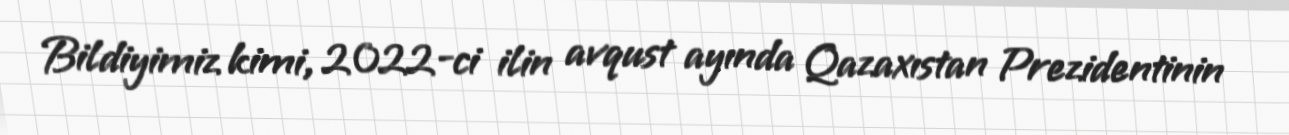
Bildiyimiz kimi, 2022-ci ilin avqust ayında Qazaxıstan Prezidentinin